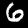
Label: 6